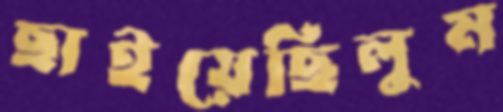
ছাইয়েছিলুম